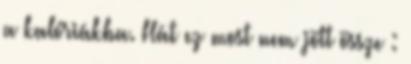
a kalóriákba. Hát ez most nem jött össze :